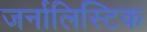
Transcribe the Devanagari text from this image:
जर्नालिस्टिक